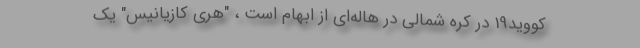
کووید19 در کره شمالی در هاله‌ای از ابهام است ، "هری کازیانیس" یک